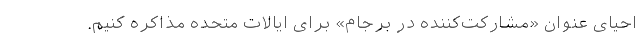
احیای عنوان «مشارکت‌کننده در برجام» برای ایالات متحده مذاکره کنیم.